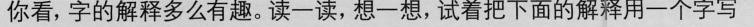
你看，字的解释多么有趣。读一读，想一想，试着把下面的解释用一个字写